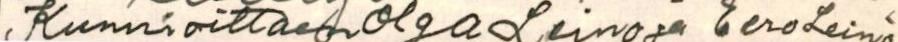
, Kunnioittaen Olga Leino ja Eero Leino